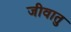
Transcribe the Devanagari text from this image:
जीवातु